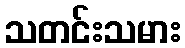
သတင်းသမား